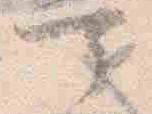
可